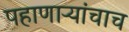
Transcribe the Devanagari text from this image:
पहाणाऱ्यांचाच